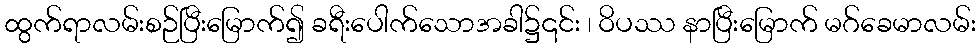
ထွက်ရာလမ်းစဉ်ပြီးမြောက်၍ ခရီးပေါက်သောအခါ၌၎င်း ၊ ဝိပဿ နာပြီးမြောက် မဂ်ခေမာလမ်း